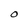
Character: O